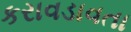
કરાવડાવતા